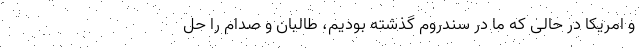
و امریکا در حالی که ما در سندروم گذشته بودیم، طالبان و صدام را حل